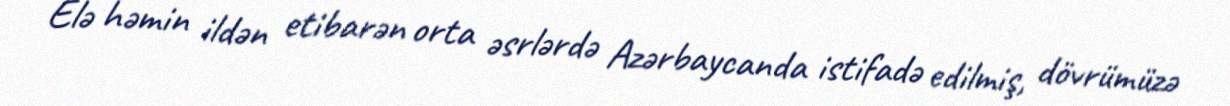
Elə həmin ildən etibarən orta əsrlərdə Azərbaycanda istifadə edilmiş, dövrümüzə